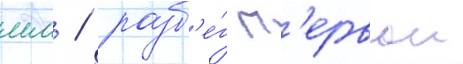
мм / разб'е́г п'ервои